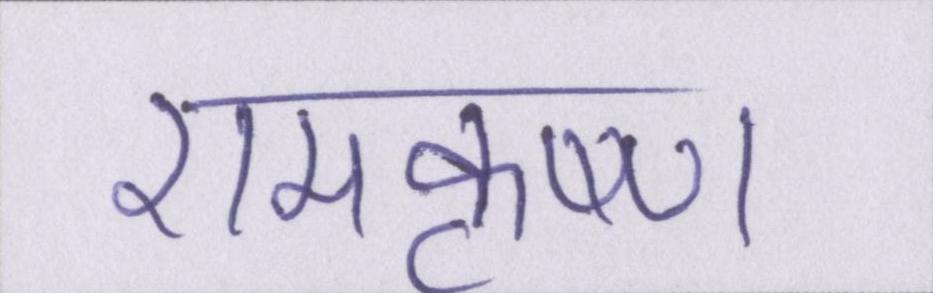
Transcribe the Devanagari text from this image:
रामकृष्ण